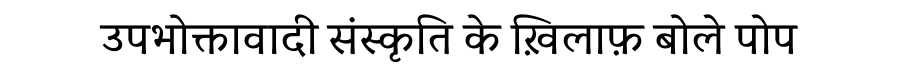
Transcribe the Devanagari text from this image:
उपभोक्तावादी संस्कृति के ख़िलाफ़ बोले पोप